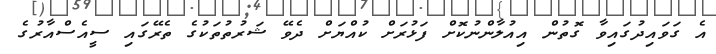
އެ ގަވައިދުގައިވާ ގޮތުން އިއުލާންނުކޮށް ފަޅުރަށް ކުއްޔަށް ދެވޭ ޝަރުތުތަކުގެ ތެރޭގައި ސީއެސްއާރުގެ